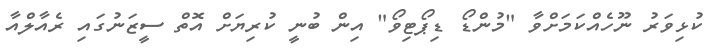
ކުޅިވަރު ނޫހެއްކަމަށްވާ "މުންޑޯ ޑިޕޯޓިވޯ" އިން ބުނީ ކުރިޔަށް އޮތް ސީޒަނުގައި ރެއާލްއާ